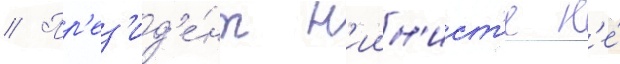
// Пр'ез'ид'е́нт н'иин'ист'е н'е́